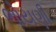
ભોયણી